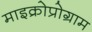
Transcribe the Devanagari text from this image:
माइक्रोप्रोग्राम